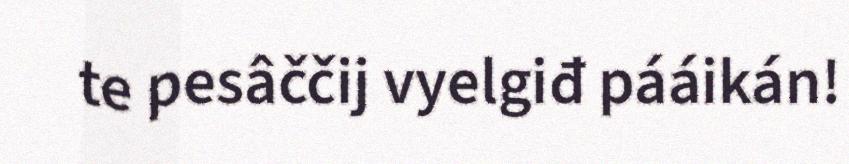
te pesâččij vyelgiđ pááikán!